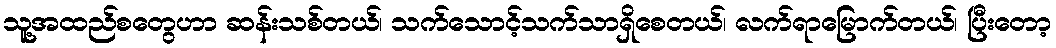
သူ့အထည်စတွေဟာ ဆန်းသစ်တယ်၊ သက်သောင့်သက်သာရှိစေတယ်၊ လက်ရာမြောက်တယ်၊ ပြီးတော့